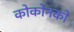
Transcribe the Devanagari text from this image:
कोकोनको